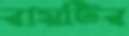
রায়টির